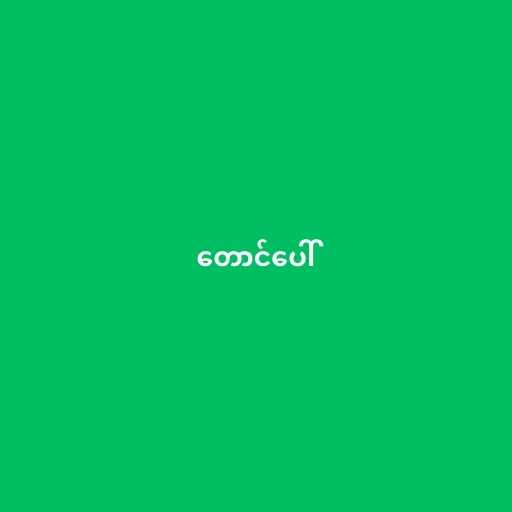
တောင်ပေါ်